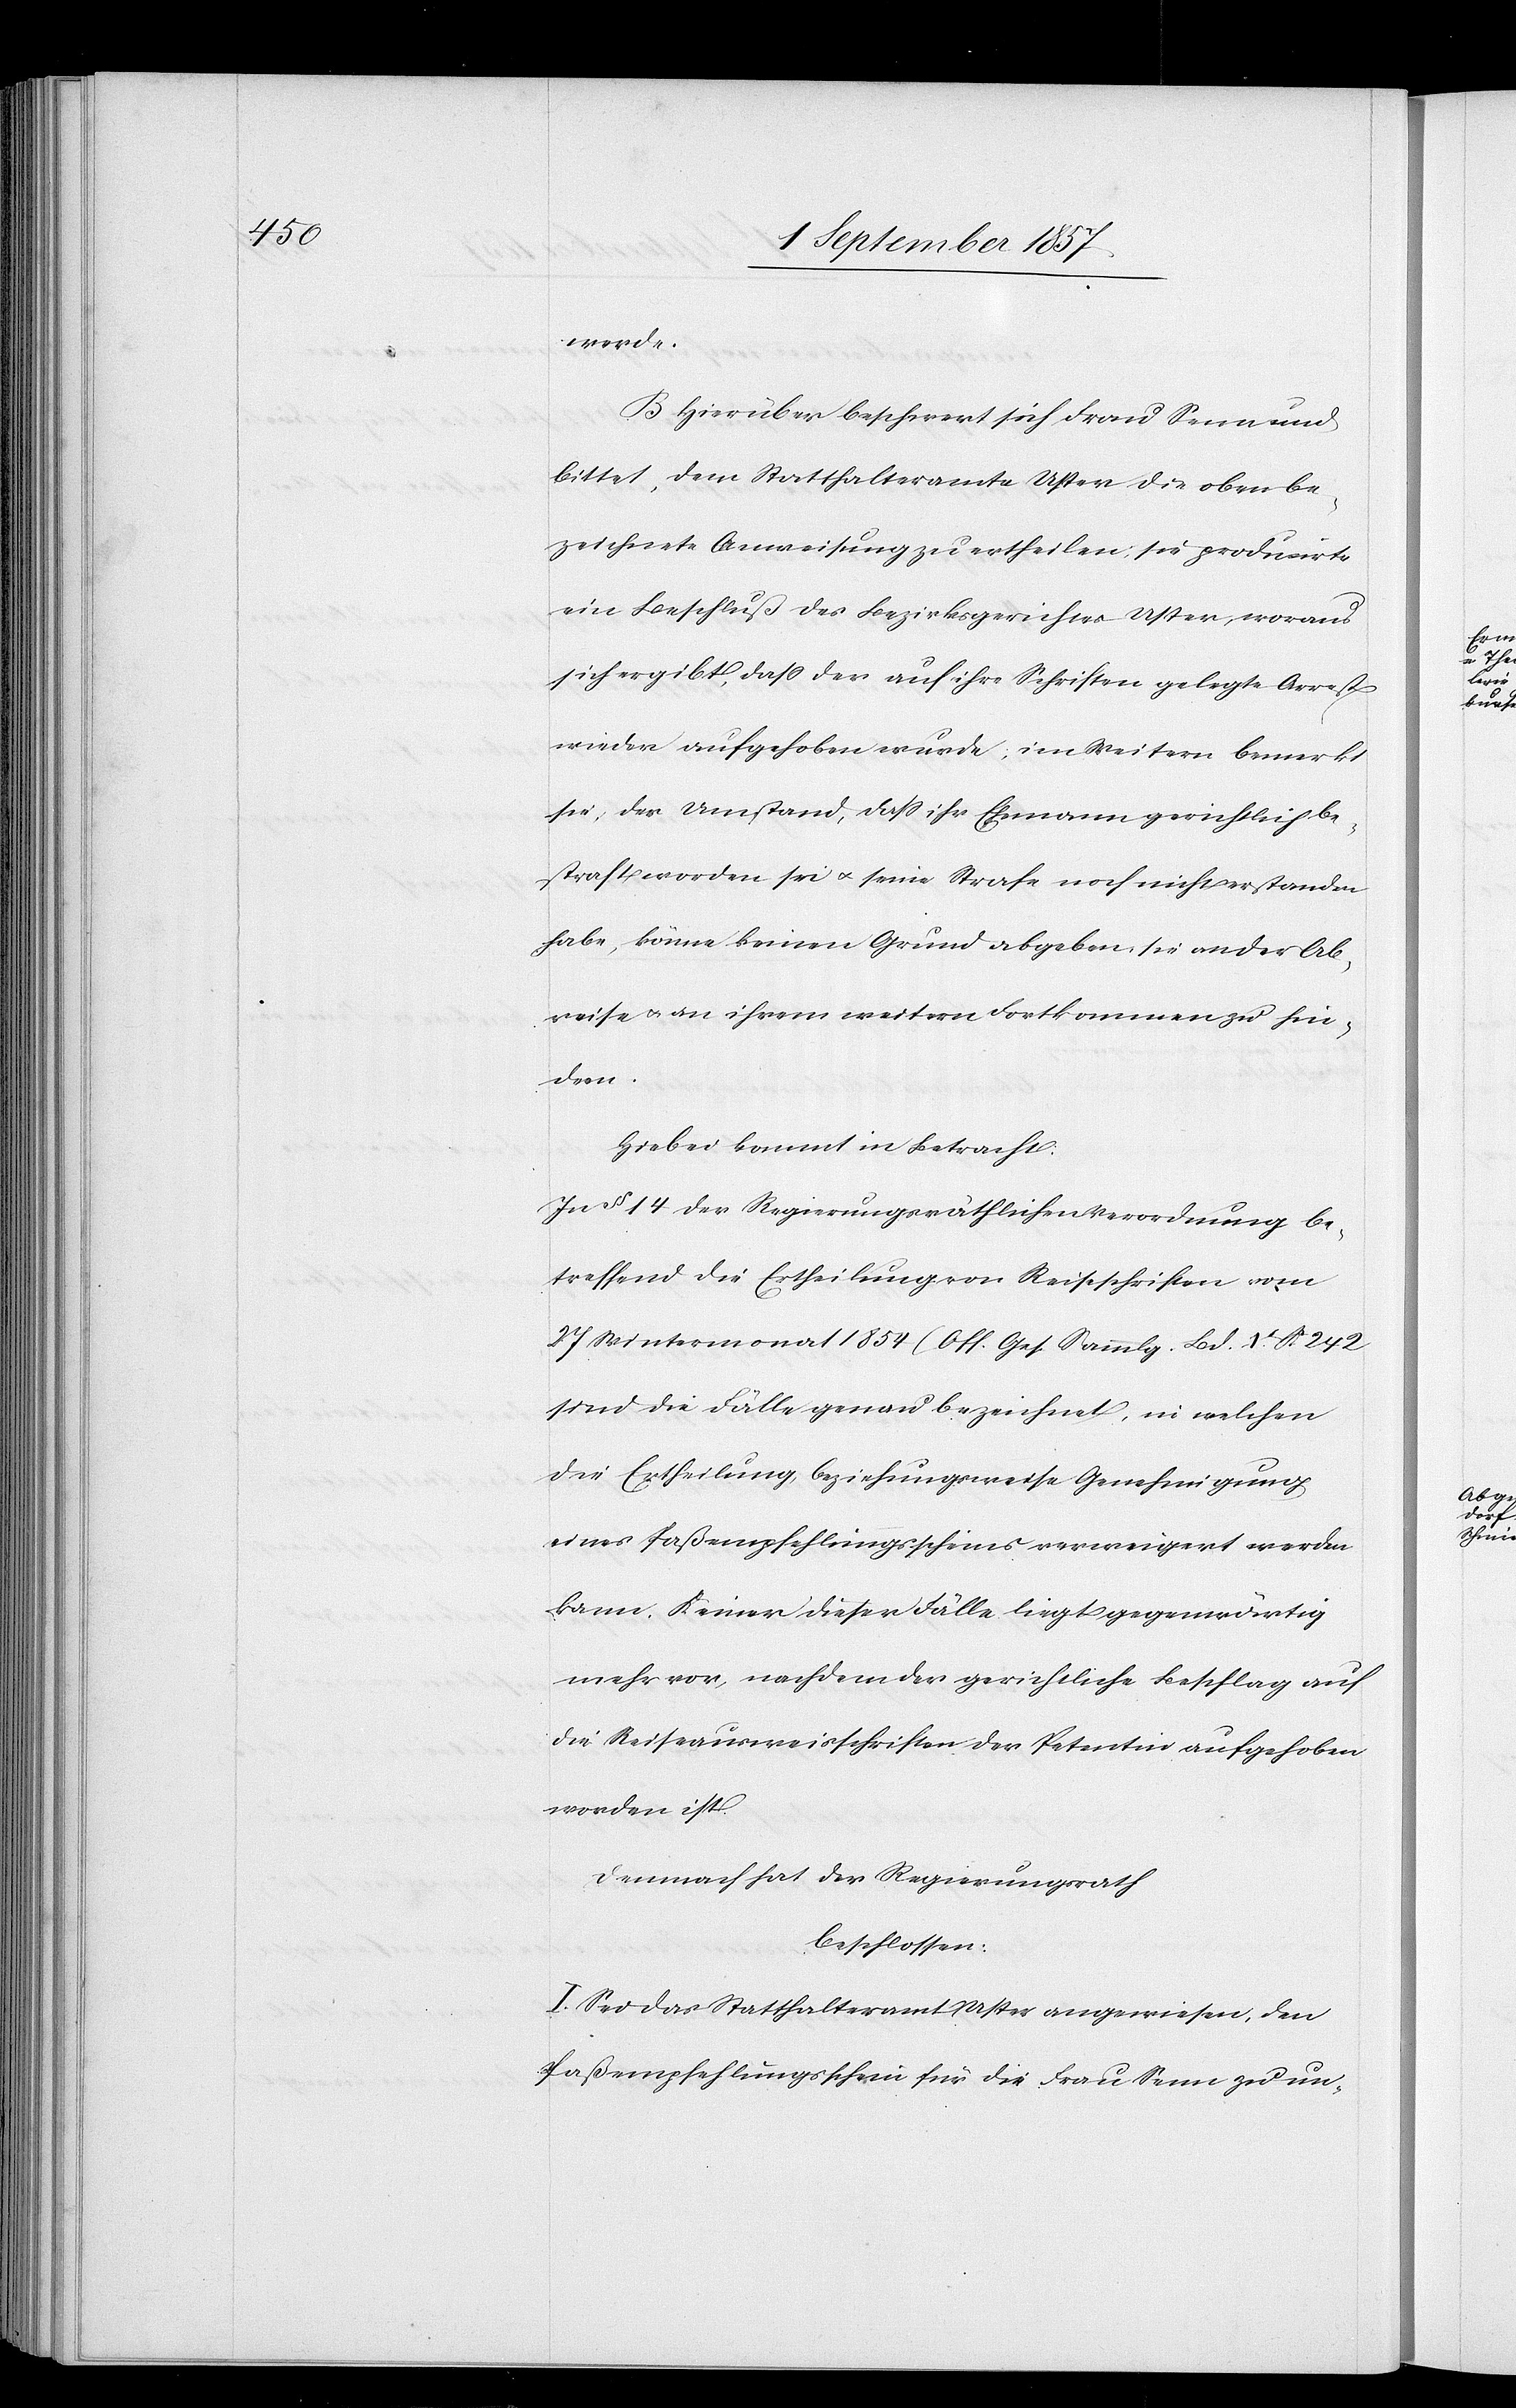
werde.
B. Hierüber beschwert sich Frau Senn und
bittet, dem Statthalteramt Uster die oben be¬
zeichnete Anweisung zu ertheilen; sie produzirte
ein Beschluß des Bezirksgerichtes Uster woraus
sich ergibt, daß der auf ihre Schriften gelegte Arrest
wieder aufgehoben wurde; im Weitern bemerkt
sie, der Umstand, daß ihr Ehemann gerichtlich be¬
straft worden sei & seine Strafe noch nicht erstanden
habe, könne keinen Grund abgeben sie an der Ab¬
reise & an ihrem weitern Fortkommen zu hin¬
dern.
Hiebei kommt in Betracht:
In § 14 der Regierungsräthlichen Verordnung be¬
treffend die Ertheilung von Reiseschriften vom
27 Wintermonat 1854 (Off. Ges. Sammlg. Bd. X S. 242)
sind die Fälle genau bezeichnet, in welchen
die Ertheilung, beziehungsweise Genehmigung
eines Paßempfehlungsscheins verweigert werden
kann. Keiner dieser Fälle liegt gegenwärtig
mehr vor, nachdem der gerichtliche Beschlag auf
die Reiseausweisschriften der Petentin aufgehoben
worden ist.
Demnach hat der Regierungsrath,
beschlossen:
I. Sei das Statthalteramt Uster angewiesen, den
Paßempfehlungsschein für die Frau Senn zu un-